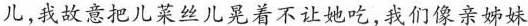
儿,我故意把儿菜丝儿晃着不让她吃,我们像亲姊妹